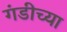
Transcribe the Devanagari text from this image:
गंडीच्या